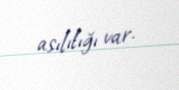
asılılığı var.